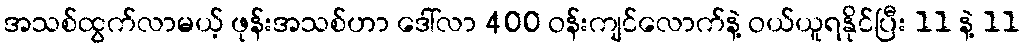
အသစ်ထွက်လာမယ့် ဖုန်းအသစ်ဟာ ဒေါ်လာ 400 ဝန်းကျင်လောက်နဲ့ ဝယ်ယူရနိုင်ပြီး 11 နဲ့ 11